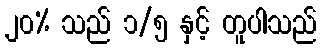
၂၀% သည် ၁/၅ နှင့် တူပါသည်